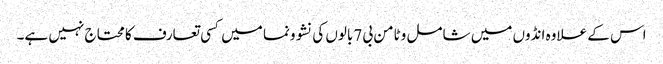
اس کے علاوہ انڈوں میں شامل وٹامن بی 7بالوں کی نشوونما میں کسی تعارف کا محتاج نہیں ہے۔